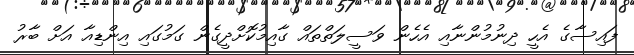
ފައިސާގެ އެހީ ދިނުމުންނާއި އެހެން ވަސީލަތްތައް ގާއިމުކޮށްދީގެން ގަމުގައި އިންޑިއާ އަށް ބާރު